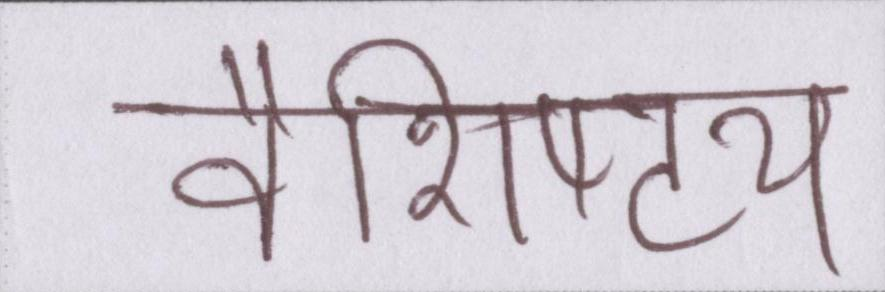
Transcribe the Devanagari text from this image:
वैशिष्ट्य